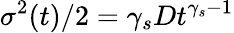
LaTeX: \sigma^{2}(t)/2=\gamma_{s}Dt^{\gamma_{s}-1}